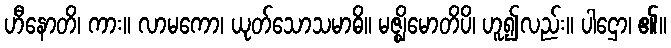
ဟီနောတိ၊ ကား။ လာမကော၊ ယုတ်သောသမာဓိ။ မဇ္ဈိမောတိပိ၊ ဟူ၍လည်း။ ပါဌော၊ ၏။